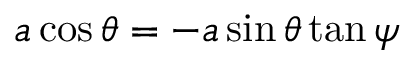
a \cos \theta = - a \sin \theta \tan \psi